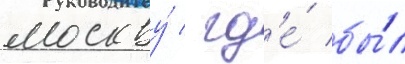
москву́ / гд'е́ бы́л